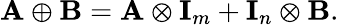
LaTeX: \mathbf{A}\oplus\mathbf{B}=\mathbf{A}\otimes\mathbf{I}_{m}+\mathbf{I}_{n}\otimes\mathbf{B}.